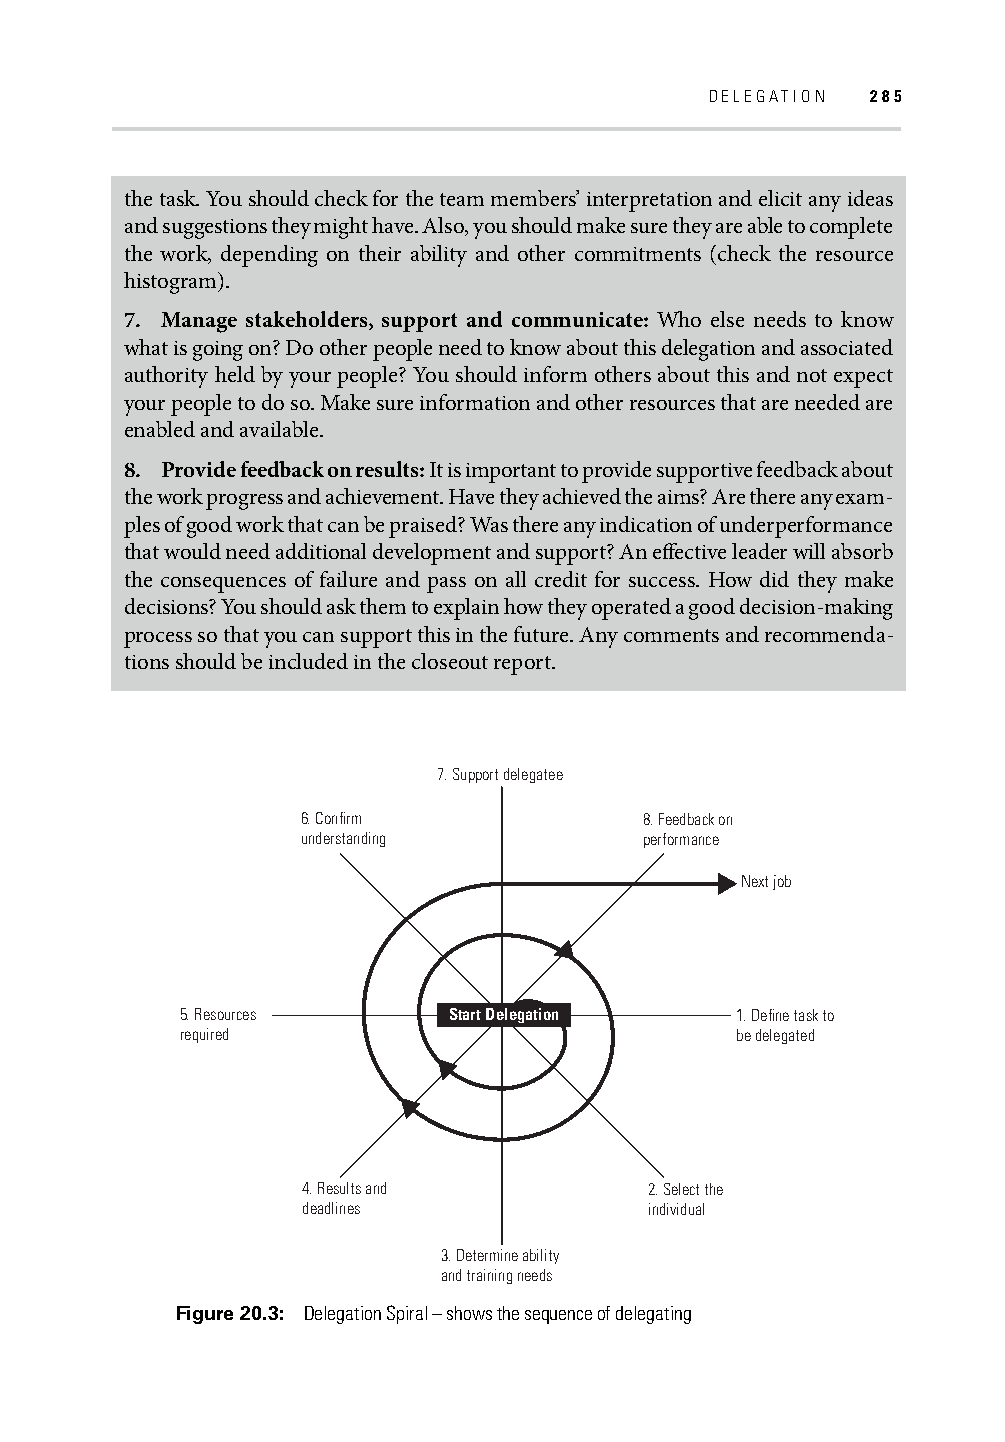
DELEGATION 285
 the task. You should check for the team members’ interpretation and elicit any ideas
 and suggestions they might have. Also, you should make sure they are able to complete
 the work, depending on their ability and other commitments (check the resource
 histogram).
 7. Manage stakeholders, support and communicate: Who else needs to know
 what is going on? Do other people need to know about this delegation and associated
 authority held by your people? You should inform others about this and not expect
 your people to do so. Make sure information and other resources that are needed are
 enabled and available.
 8. Provide feedback on results: It is important to provide supportive feedback about
 the work progress and achievement. Have they achieved the aims? Are there any exam-
 ples of good work that can be praised? Was there any indication of underperformance
 that would need additional development and support? An eff ective leader will absorb
 the consequences of failure and pass on all credit for success. How did they make
 decisions? You should ask them to explain how they operated a good decision-making
 process so that you can support this in the future. Any comments and recommenda-
 tions should be included in the closeout report.
 7. Support delegatee
 6. Confirm             8. Feedback on
 understanding          performance
 Next job
 5. Resources      Start Delegation   1. Define task to
 required                             be delegated
 4. Results and         2. Select the
 deadlines              individual
 3. Determine ability
 and training needs
 Figure 20.3: Delegation Spiral – shows the sequence of delegating